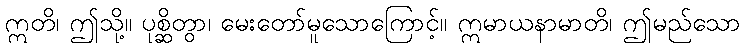
ဣတိ၊ ဤသို့။ ပုစ္ဆိတွာ၊ မေးတော်မူသောကြောင့်။ ဣမာယနာမာတိ၊ ဤမည်သော